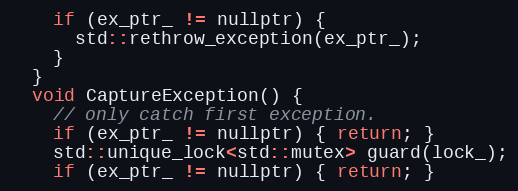
Language: C
    if (ex_ptr_ != nullptr) {
      std::rethrow_exception(ex_ptr_);
    }
  }
  void CaptureException() {
    // only catch first exception.
    if (ex_ptr_ != nullptr) { return; }
    std::unique_lock<std::mutex> guard(lock_);
    if (ex_ptr_ != nullptr) { return; }